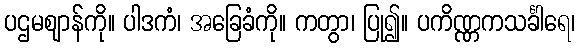
ပဌမဈာန်ကို။ ပါဒကံ၊ အခြေခံကို။ ကတွာ၊ ပြု၍။ ပကိဏ္ဏကသင်္ခါရေ၊